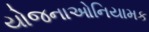
યોજનાઓનિયામક